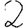
Digit: 2